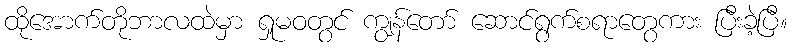
ထိုအောက်တိုဘာလထဲမှာ ရှုမဝတွင် ကျွန်တော် ဆောင်ရွက်စရာတွေကား ပြီးခဲ့ပြီ။